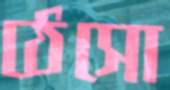
ঠেসো